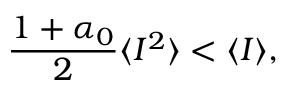
\frac { 1 + \alpha _ { 0 } } { 2 } \langle I ^ { 2 } \rangle < \langle I \rangle ,